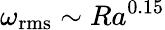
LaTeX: \omega_{\mathrm{rms}}\sim Ra^{0.15}